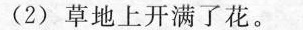
(2)草地上开满了花。